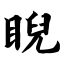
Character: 睨